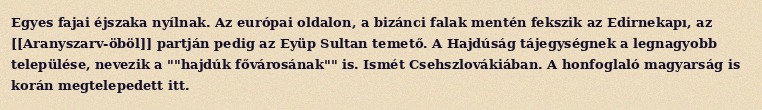
Egyes fajai éjszaka nyílnak. Az európai oldalon, a bizánci falak mentén fekszik az Edirnekapı, az [[Aranyszarv-öböl]] partján pedig az Eyüp Sultan temető. A Hajdúság tájegységnek a legnagyobb települése, nevezik a ""hajdúk fővárosának"" is. Ismét Csehszlovákiában. A honfoglaló magyarság is korán megtelepedett itt.